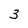
Character: 3